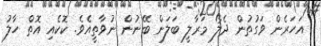
އަހަރެން ވަގުތުން ދެލޯ މަރާލީ ބަލަން ބޭނުން ނުވާތީއެވެ. ކޮކެއި އޮތް ހާލު